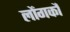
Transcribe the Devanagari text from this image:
लोंगकौ